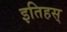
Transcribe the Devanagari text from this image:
इतिहस्